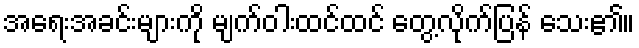
အရေးအခင်းများကို မျက်ဝါးထင်ထင် တွေ့လိုက်ပြန် သေး၏။